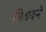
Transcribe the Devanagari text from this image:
मिश्रवने